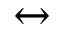
\leftrightarrow